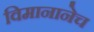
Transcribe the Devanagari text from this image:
विमानानेच